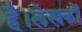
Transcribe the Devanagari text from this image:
है।लेखकों